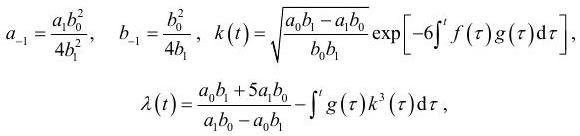
\[
\begin{align*}
a_{-1}&=\frac{a_1 b_0^2}{4 b_1^2}, \quad b_{-1}=\frac{b_0^2}{4 b_1}, \quad k(t)=\sqrt{\frac{a_0 b_1 - a_1 b_0}{b_0 b_1}} \exp \left[-6 \int^{t} f(\tau) g(\tau) \mathrm{d} \tau\right],\\
\lambda(t)&=\frac{a_0 b_1 + 5 a_1 b_0}{a_1 b_0 - a_0 b_1}-\int^{t} g(\tau) k^3(\tau) \mathrm{d} \tau,
\end{align*}
\]